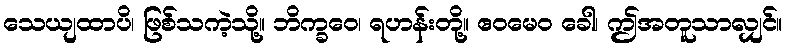
သေယျထာပိ၊ ဖြစ်သကဲ့သို့။ ဘိက္ခဝေ၊ ရဟန်းတို့။ ဧဝမေဝ ခေါ၊ ဤအတူသာလျှင်။